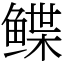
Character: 鲽